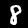
Digit: 8